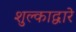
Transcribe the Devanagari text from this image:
शुल्काद्वारे